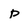
Character: p